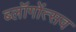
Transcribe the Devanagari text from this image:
ब्लॉगोंत्सव